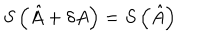
S \left( \hat { A } + \delta A \right) = S \left( \hat { A } \right)